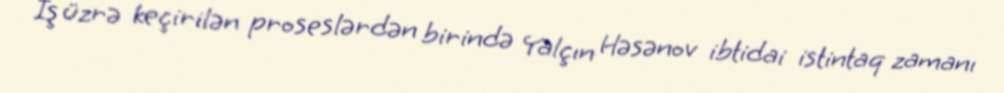
İş üzrə keçirilən proseslərdən birində Yalçın Həsənov ibtidai istintaq zamanı